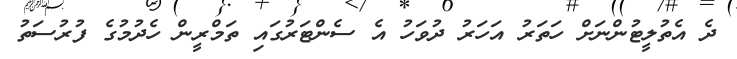
ދެ އެތުލީޓުންނަށް ހަތަރު އަހަރު ދުވަހު އެ ސެންޓަރުގައި ތަމްރީން ހެދުމުގެ ފުރުސަތު